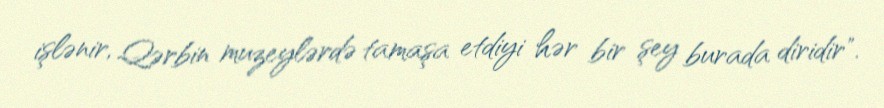
işlənir, Qərbin muzeylərdə tamaşa etdiyi hər bir şey burada diridir".